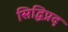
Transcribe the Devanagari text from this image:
सिद्धिप्रद